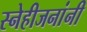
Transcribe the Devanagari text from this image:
स्नेहीजनांनी